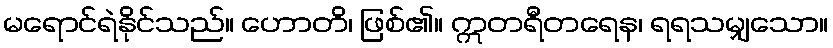
မရောင်ရဲနိုင်သည်။ ဟောတိ၊ ဖြစ်၏။ ဣတရီတရေန၊ ရရသမျှသော။